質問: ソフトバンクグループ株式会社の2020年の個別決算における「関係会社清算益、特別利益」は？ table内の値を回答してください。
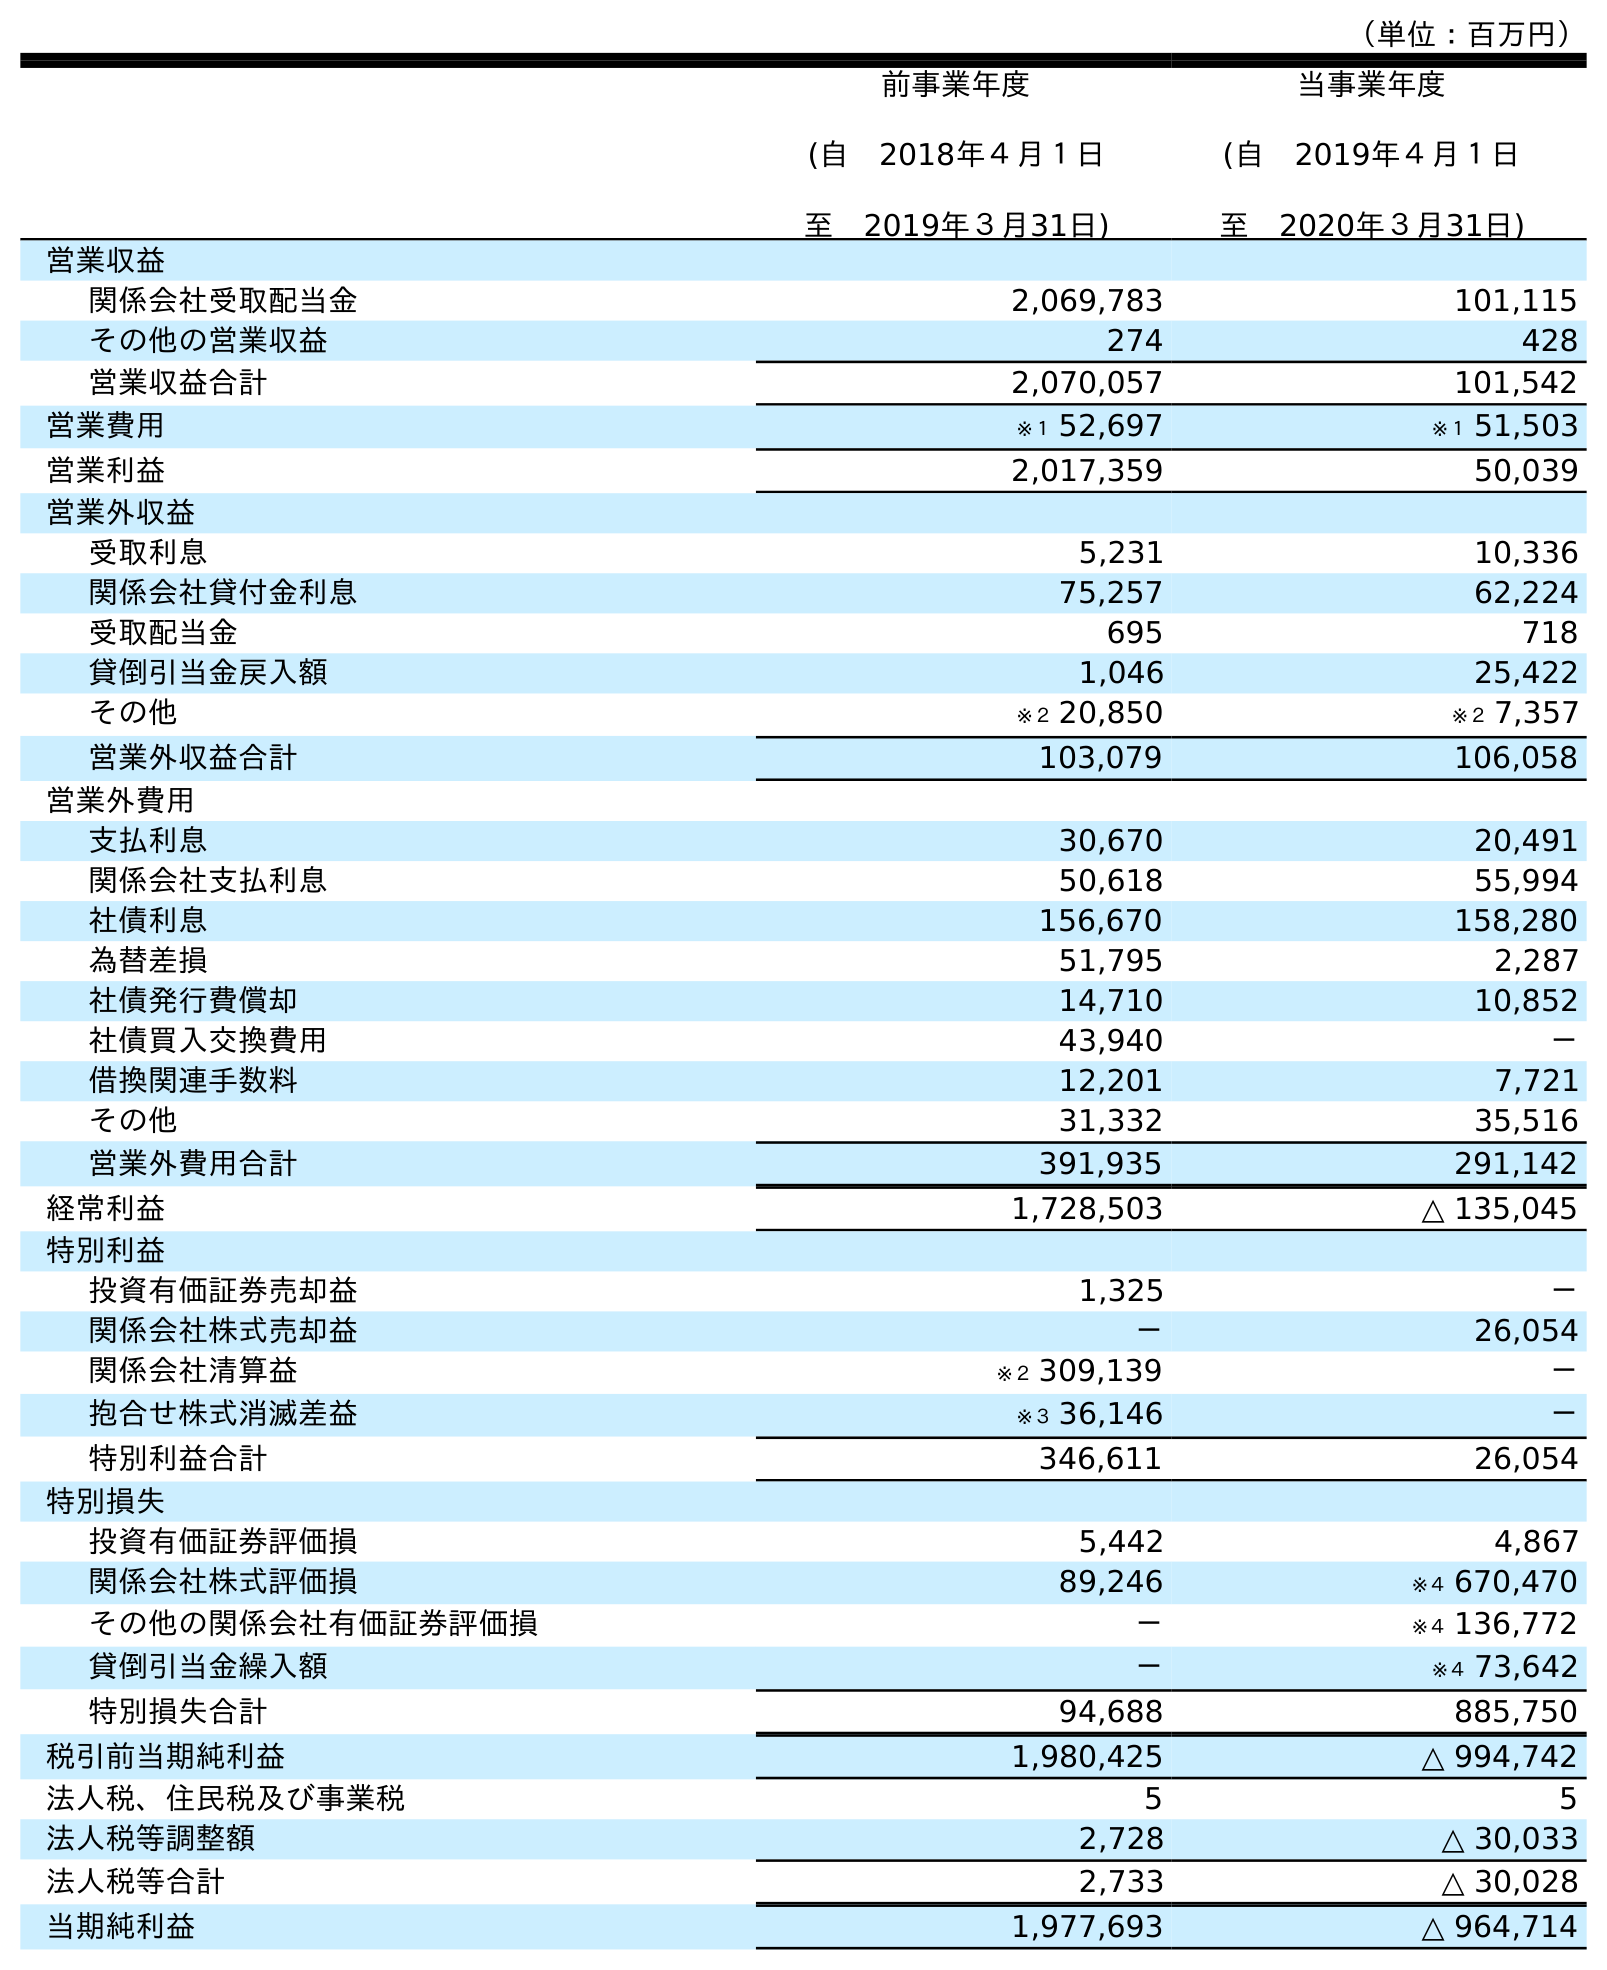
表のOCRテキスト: （単位：百万円） 前事業年度 (自 2018年４月１日 至 2019年３月31日) 当事業年度 (自 2019年４月１日 至 2020年３月31日) 営業収益 関係会社受取配当金 2,069,783 101,115 その他の営業収益 274 428 営業収益合計 2,070,057 101,542 営業費用 ※１ 52,697 ※１ 51,503 営業利益 2,017,359 50,039 営業外収益 受取利息 5,231 10,336 関係会社貸付金利息 75,257 62,224 受取配当金 695 718 貸倒引当金戻入額 1,046 25,422 その他 ※２ 20,850 ※２ 7,357 営業外収益合計 103,079 106,058 営業外費用 支払利息 30,670 20,491 関係会社支払利息 50,618 55,994 社債利息 156,670 158,280 為替差損 51,795 2,287 社債発行費償却 14,710 10,852 社債買入交換費用 43,940 － 借換関連手数料 12,201 7,721 その他 31,332 35,516 営業外費用合計 391,935 291,142 経常利益 1,728,503 △ 135,045 特別利益 投資有価証券売却益 1,325 － 関係会社株式売却益 － 26,054 関係会社清算益 ※２ 309,139 － 抱合せ株式消滅差益 ※３ 36,146 － 特別利益合計 346,611 26,054 特別損失 投資有価証券評価損 5,442 4,867 関係会社株式評価損 89,246 ※４ 670,470 その他の関係会社有価証券評価損 － ※４ 136,772 貸倒引当金繰入額 － ※４ 73,642 特別損失合計 94,688 885,750 税引前当期純利益 1,980,425 △ 994,742 法人税、住民税及び事業税 5 5 法人税等調整額 2,728 △ 30,033 法人税等合計 2,733 △ 30,028 当期純利益 1,977,693 △ 964,714
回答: －